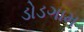
ડોડગામ